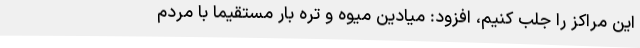
این مراکز را جلب کنیم، افزود: میادین میوه و تره بار مستقیماً با مردم